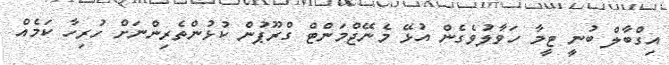
އިގްބާލް ބުނީ ޓީމާ ހަވާލުވެގެން އުޅޭ މެނޭޖްމަންޓް ގްރޫޕުން ކުޅުންތެރިންނަށް ހުރިހާ ކަމެއް